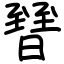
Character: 㬜